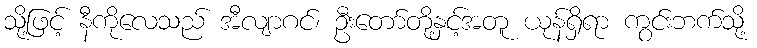
သို့ဖြင့် နီကိုလေသည် အီလျာဂင်၊ ဦးတော်တို့နှင့်အတူ ယုန်ရှိရာ ကွင်းဘက်သို့